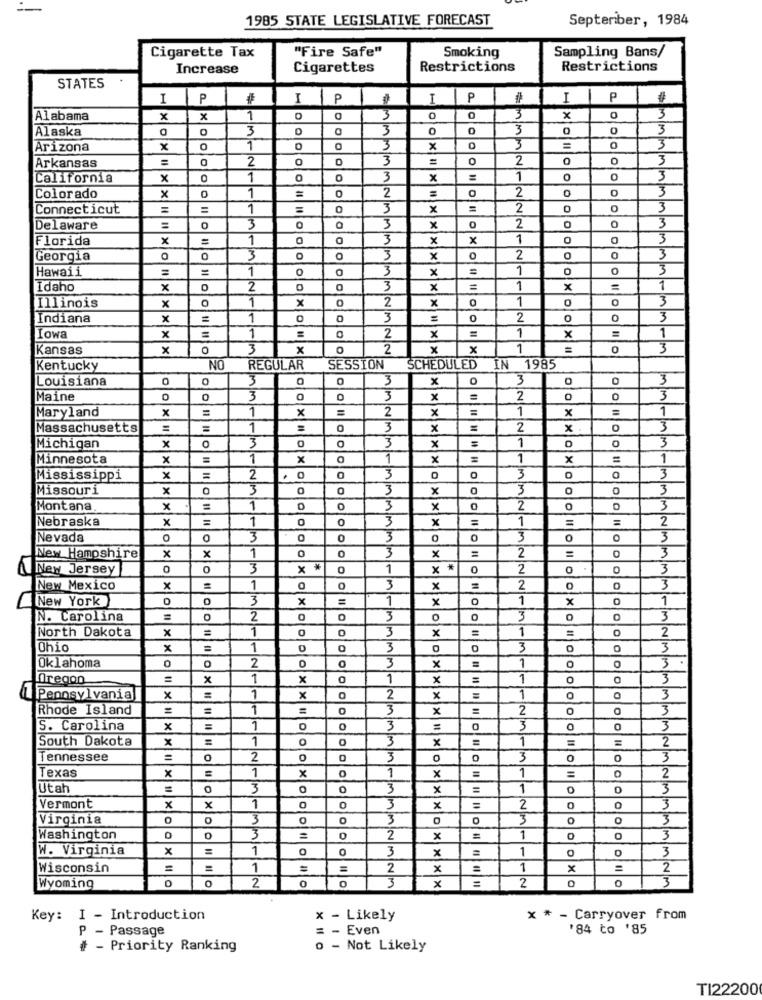
1985 STATE LEGISLATIVE FORECAST
September, 1984
"Fire Safe"
Smoking
Sampling Bans/
Cigarette Tax
Increase
Cigarettes
Restrictions
Restrictions
STATES
I
P
I
P
I
P
I
P
3
Alabama
x
x
1
0
3
0
x
0
3
Alaska
3
3
3
0
3
3
3
Arizona
x
0
1
0
3
x
=
0
2
0
3
=
2
0
3
Arkansas
California
x
1
0
3
x
1
0
3
1
2
2
0
3
Colorado
x
0
Connecticut
=
1
=
0
3
x
2
0
3
3
2
3
Delaware
3
x
0
Florida
x
1
3
x
x
1
0
3
Georgia
0
3
3
x
2
0
0
3
Hawaii
1
0
3
x
1
0
3
Idaho
x
2
3
x
1
x
=
1
O
1
x
0
2
x
1
0
3
Illinois
x
Indiana
x
=
1
XO
3
=
0
2
0
3
1
2
1
1
Iowa
x
=
0
x
x
=
Kansas
x
0
3
x
2
x
x
1
0
3
Kentucky
NO
REGULAR
SESSION
SCHEDULED
IN 1985
Louisiana
0
0
3
0
3
x
0
3
3
Maine
3
0
3
x
S
2
3
Maryland
x
1
x
=
2
x
1
x
=
1
Massachusetts
1110
1
3
x
2
x
0
3
x
3
3
1
0
3
Michigan
O
0
x
Minnesota
x
1
x
1
x
1
x
=
1
3
3
3
Mississippi
x
=
2
O
0
0
Missouri
x
0
3
0
0
3
x
3
3
Montana
x
=
1
3
x
0
2
3
Nebraska
x
=
0
3
x
=
1
=
=
2
Nevada
0
3
FM
3
0
0
3
0
3
1
0
3
=
2
3
New Hampshire
x
x
x
0
New Jersey
0
3
* *
0
1
x *
0
2
O
O
3
New Mexico
x
1
O
3
x
2
0
3
New York
0
3
x
=
1
x
1
x
0
1
N. Carolina
2
0
3
3
O
3
x
=
1
x
1
2
North Dakota
3
Ohio
x
=
1
3
3
3
0
1
3
Oklahoma
2
3
x
Oregon
x
1
x
1
x
1
3
1
1 Pennsylvania
II X
1
x
2
x
=
0
3
Rhode Island
1
3
x
=
2
3
S. Carolina
x
=
1
3
=
3
3
South Dakota
x
1
O
3
x
=
1
=
2
Tennessee
=
0
2
3
3
0
3
Texas
1
x
1
C
x
1
x
=
2
Utah
3
3
x
=
1
3
Vermont
x
x
1
0
0
3
×
=
2
3
Virginia
0
3
O
3
3
3
Washington
3
2
x
1
3
W. Virginia
x
1
O
1
3
3
x
Wisconsin
=
=
1
=
2
×
1
x
2
2
0
3
2
0
3
Wyoming
O
0
x
Key: I - Introduction
x - Likely
x * - Carryover from
P - Passage
- Even
'84 to '85
# - Priority Ranking
0 - Not Likely
TI22200